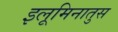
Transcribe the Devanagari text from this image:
इलूमिनातुस